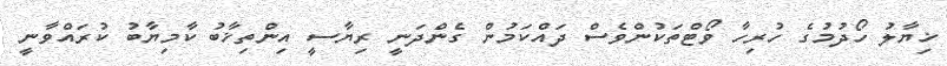
ޚިޔާލު ހޯދުމުގެ ހުރިހާ ވޯޓްތަކުންވެސް ދައްކަމުން ގެންދަނީ ރިޔާސީ އިންތިޚާބު ކާމިޔާބު ކުރައްވާނީ